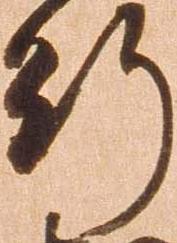
行